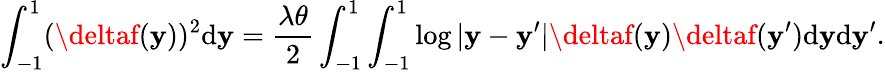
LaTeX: \int_{-1}^{1}(\deltaf(\mathbf{y}))^{2}\mathrm{{d}}\mathbf{y}=\frac{{\lambda\theta}}{{2}}\int_{-1}^{1}\int_{-1}^{1}\log|\mathbf{y}-\mathbf{y}^{\prime}|\deltaf(\mathbf{y})\deltaf(\mathbf{y}^{\prime})\mathrm{{d}}\mathbf{y}\mathrm{{d}}\mathbf{y}^{\prime}.